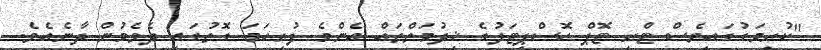
"ކުރިމަގުގައިވެސް ޓްރީ ޓޮޕް ހޮސްޕިޓަލުގެ ޚިދުމަތްތައް އެންމެ ފުރިހަމަ ގޮތުގައި ދެވެމުން ދާނެއެވެ.